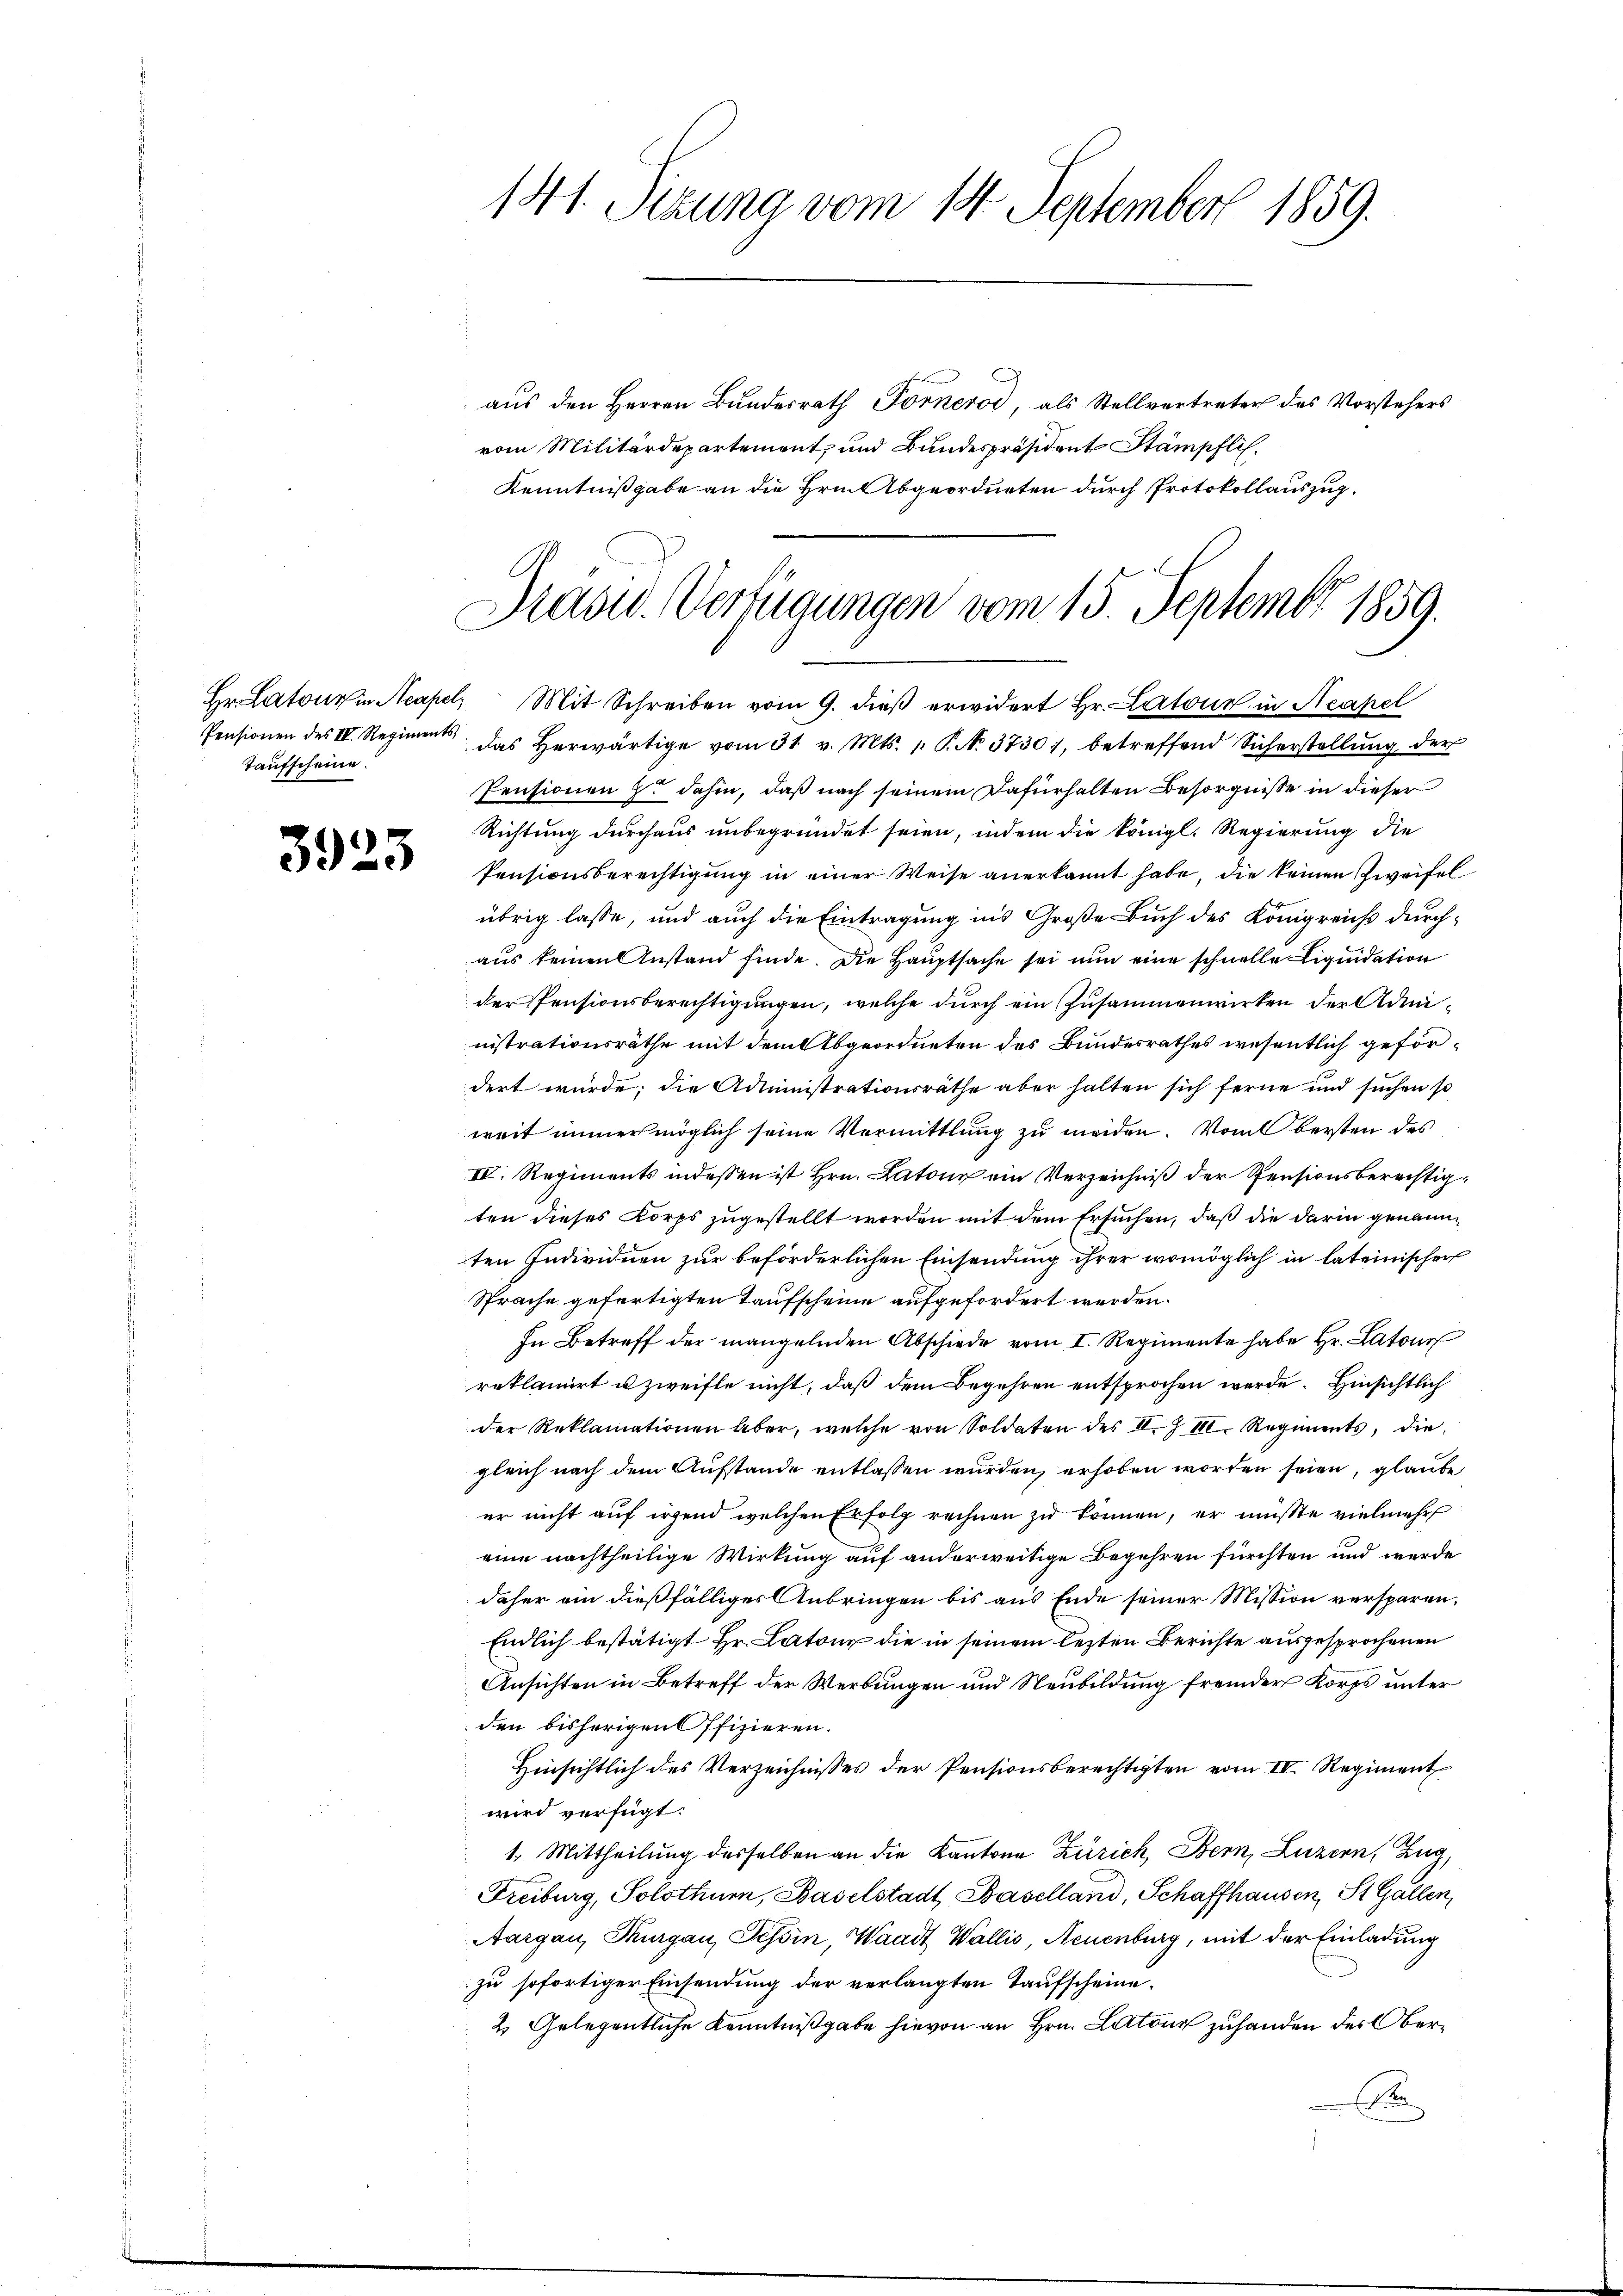
Pensionen des III. Regiments,
Taufscheine.

3923

141. Sizung vom 14. September 1859.

aus den Herren Bundesrath Fornerod, als Stellvertreter des Vorstehers
vom Militärdepartement, und Bundespräsident Stämpfli
Kenntnißgabe an die Hrn. Abgeordneten durch Protokollauszug.

Präsid. Verfügungen vom 15. Septembr 1859.

Hr. Latone in Neapel, Mit Schreiben vom 9. dieβ erwidert Hr. Latour in Neapel
das herwärtige vom 31. v. Mts. 1. P. N. 3730), betreffend Sicherstellung der
Pensionen z. dahin, daß nach seinem Dafürhalten Besorgnisse in dieser
Richtung durchaus unbegründet seien, indem die königl. Regierung die
Pensionsberechtigung in einer Weise anerkannt habe, die keinen Zweifelübrig lasse, und auch die Eintragung ins Große Buch des Königreich durchaus keinen Anstand finde. Die Hauptsache sei nun eine schnelle Liquidation
der Pensionsberechtigungen, welche durch ein Zusammenwirken der Administrationsräthe mit dem Abgeordneten des Bundesrathes wesentlich gefördert würde; die Administrationsräthe aber halten sich ferne und suchen so
weit immer möglich seine Vermittlung zu meiden. Vombersten des
II. Regiments indessen ist Hrn. Latone ein Verzeichniß der Pensionsberechtigten dieses Korps zugestellt worden mit dem Ersuchen, daß die darin genannten Individuen zur beförderlichen Einsendung ihrer womöglich in lateinischer
Sprache gefertigten Taufscheine aufgefordert werden.
In Betreff der mangelnden Abschiede vom I. Regimente habe Hr. Latour
reklamirt u zweifle nicht, daß dem Begehren entsprochen werde. Hinsichtlich
der Reklamationen aber, welche von Soldaten des II.Z III. Regiments, die
gleich nach dem Aufstande entlassen wurden, erhoben worden seien, glaube
er nicht auf irgend welchen Erfolg rechnen zu können, er müsste vielmehr
eine nachtheilige Wirkung auf anderweitige Begehren fürchten und werde
daher ein dießfälliges Anbringen bis aus Ende seiner Mission versparen.
Endlich bestätigt Hr. Latone die in seinem lezten Berichte ausgesprochenen
Ansichten in Betreff der Werbungen und Neubildung fremder Korps unter
den bisherigen Offizieren.
Hinsichtlich des Verzeichnisses der Pensionsberechtigten vom IV. Regiment
wird verfügt:
1. Mittheilung desselben an die Kantone Zürich, Bern, Luzern, Zug,
Freiburg, Solothur, Baselstadt Baselland, Schaffhausen, St. Gallen,
Aargau, Thurgau, Tessin, Waadt Wallis, Neuenburg, mit der Einladung
zu sofortiger Einsendung der verlangten Taufscheine.
2. Gelegentliche Kenntnißgabe hievon an Hrn. Lutons zuhanden des Ober¬
E